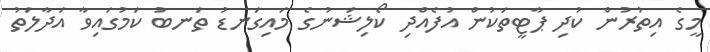
މީގެ އިތުރުން ކުދި ޕާޓީތަކުން އުފެއްދި ކޯލިޝަނުގެ މައިގަނޑު ތަނބު ކަމުގައިވާ އަދާލަތު